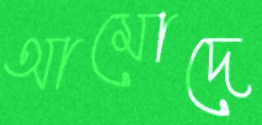
আমোদে